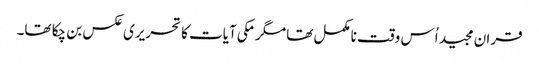
قران مجید اُس وقت نامکمل تھا مگرمکی آیات کا تحریری عکس بن چکا تھا۔